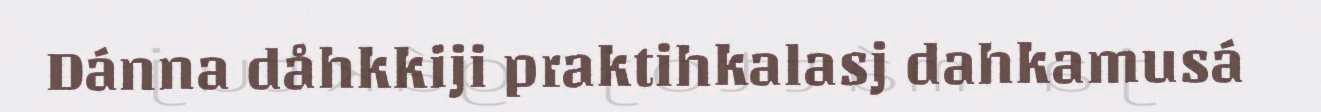
Dánna dåhkkiji praktihkalasj dahkamusá